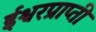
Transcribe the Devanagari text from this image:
ईश्वरप्राप्‍ती